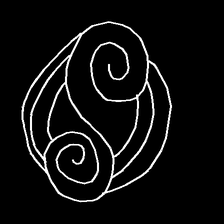
Glyph: wind-underfoot